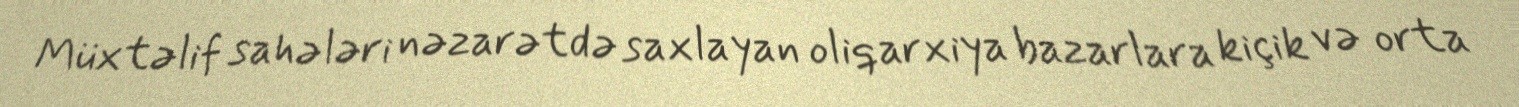
Müxtəlif sahələri nəzarətdə saxlayan oliqarxiya bazarlara kiçik və orta